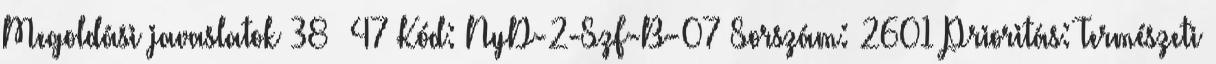
Megoldási javaslatok 38 47 Kód: NyD-2-SzF-B-07 Sorszám: 2601 Prioritás: Természeti